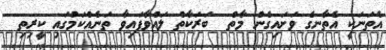
އެތަނަކީ އެތާނގެ ވަށައިގެން މާތް  ބަރަކާތް ލައްވާފައިވާ ތަނެއްކަމުގައި ކީރިތި